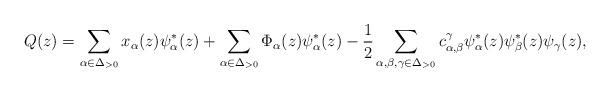
LaTeX: \begin{align*}Q(z)=\sum_{\alpha\in \Delta_{>0}}x_\alpha(z)\psi_{\alpha}^*(z)+\sum_{\alpha\in \Delta_{>0}}\Phi_{\alpha}(z)\psi_{\alpha}^*(z)-\frac{1}{2}\sum_{\alpha,\beta,\gamma\in \Delta_{>0}}c_{\alpha,\beta}^\gamma\psi_{\alpha}^*(z)\psi_{\beta}^*(z)\psi_{\gamma}(z),\end{align*}